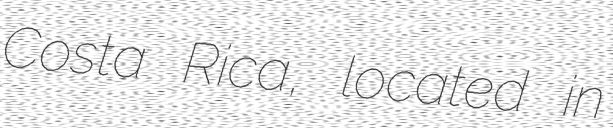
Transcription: Costa Rica, located in